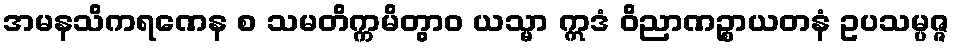
အမနသိကရဏေန စ သမတိက္ကမိတွာဝ ယသ္မာ ဣဒံ ဝိညာဏဉ္စာယတနံ ဥပသမ္ပဇ္ဇ